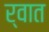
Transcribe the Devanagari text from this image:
र्वात